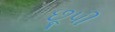
છૂપી